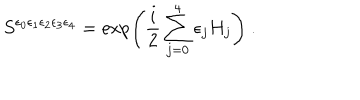
S ^ { \epsilon _ { 0 } \epsilon _ { 1 } \epsilon _ { 2 } \epsilon _ { 3 } \epsilon _ { 4 } } = \exp \left( \frac { i } { 2 } \sum _ { j = 0 } ^ { 4 } \epsilon _ { j } H _ { j } \right) ~ .